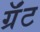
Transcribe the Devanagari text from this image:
ग्रॅंट